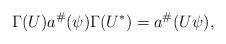
LaTeX: \begin{align*}\Gamma(U) a^\# ( \psi) \Gamma ( U^*) = a ^\# ( U \psi),\end{align*}